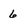
Character: 6